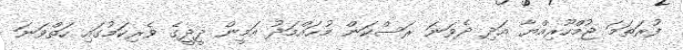
ފުރަތަމަ ޖުމްހޫރިއްޔާ އަދި ދެވަނަ ރަސްކަން މުޙައްމަދު އަމީން ދީދީގެ ވެރިކަމުގައި ހަތްވަނަ